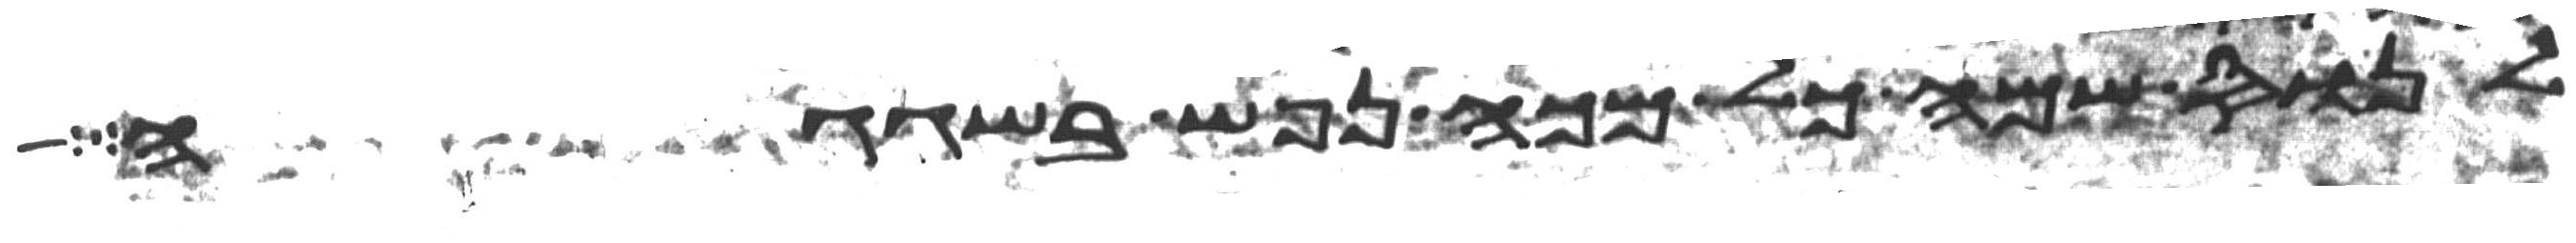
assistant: לנוס שמה כל מכה נפש בשגגה